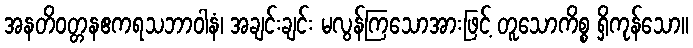
အနတိဝတ္တနဧကရသဘာဝါနံ၊ အချင်းချင်း မလွန်ကြသောအားဖြင့် တူသောကိစ္စ ရှိကုန်သော။